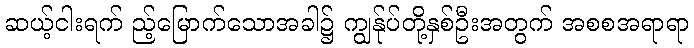
ဆယ့်ငါးရက် ည့်မြောက်သောအခါ၌ ကျွန်ုပ်တို့နှစ်ဦးအတွက် အစစအရာရာ